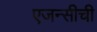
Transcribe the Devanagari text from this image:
एजन्सीची